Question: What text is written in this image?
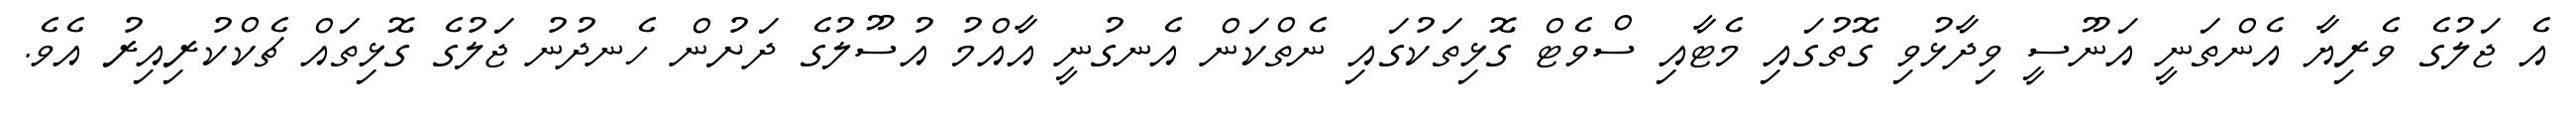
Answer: އެ ޖަލުގެ ވެރިޔާ އެންތަނީ އަނޫސީ ވިދާޅުވި ގޮތުގައި މެޓާއި ސްވެޓް ގޮޅިތަކުގައި ނެތްކަން އެނގުނީ އާއްމު އުސޫލުގެ ދަށުން ހެނދުނު ޖަލުގެ ގޮޅިތައް ޗެކްކުރިއިރު އެވެ.